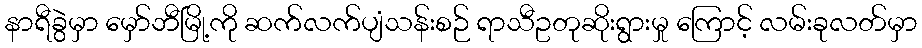
နာရီခွဲမှာ မှော်ဘီမြို့ကို ဆက်လက်ပျံသန်းစဉ် ရာသီဥတုဆိုးရွားမှု ကြောင့် လမ်းခုလတ်မှာ